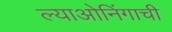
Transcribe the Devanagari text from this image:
ल्याओनिंगाची